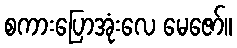
စကားပြောအုံးလေ မေဇော်။